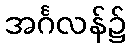
အင်္ဂလန်၌